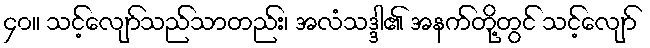
၄၀။ သင့်လျော်သည်သာတည်း၊ အလံသဒ္ဒါ၏ အနက်တို့တွင် သင့်လျော်